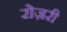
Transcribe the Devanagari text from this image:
रोज़री